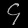
Digit: ၄